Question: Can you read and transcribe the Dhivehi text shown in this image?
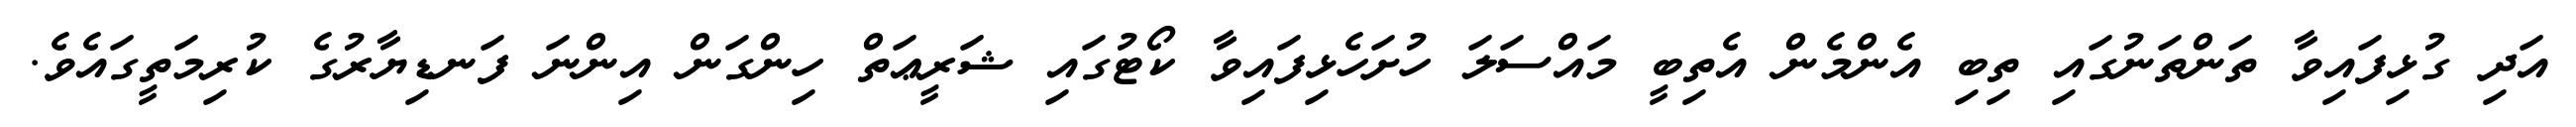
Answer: އަދި ގުޅިފައިވާ ތަންތަނުގައި ތިބި އެންމެން އެތިބީ މައްސަލަ ހުށަހެޅިފައިވާ ކޯޓުގައި ޝަރީޢަތް ހިންގަން އިންނަ ފަނޑިޔާރުގެ ކުރިމަތީގައެވެ.